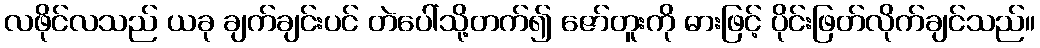
လဖိုင်လသည် ယခု ချက်ချင်းပင် တဲပေါ်သို့တက်၍ ဇော်တူးကို ဓားဖြင့် ပိုင်းဖြတ်လိုက်ချင်သည်။